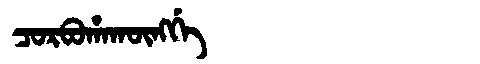
Manchu: ᠴᠣᡵᠪᠣᡥᠠᡴᡡᠩᡤᡝ
Romanization: CORBOHAKŪNGGE